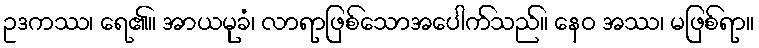
ဥဒကဿ၊ ရေ၏။ အာယမုခံ၊ လာရာဖြစ်သောအပေါက်သည်။ နေဝ အဿ၊ မဖြစ်ရာ။